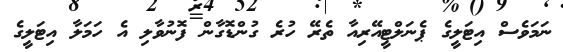
ނަމަވެސް އިޓަލީގެ ޕެނަލްޓީއޭރިއާ ތެރޭ ހުރެ ގުންޑޮގާން ފޮނުވާލި އެ ހަމަލާ އިޓަލީގެ